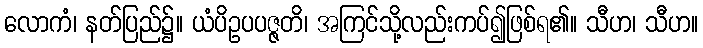
လောကံ၊ နတ်ပြည်၌။ ယံပိဥပပဇ္ဇတိ၊ အကြင်သို့လည်းကပ်၍ဖြစ်ရ၏။ သီဟ၊ သီဟ။